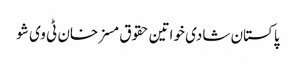
پاکستان شادی خواتین حقوق مسز خان ٹی وی شو